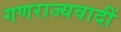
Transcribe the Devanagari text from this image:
गणराज्यवादीं